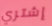
إشتري